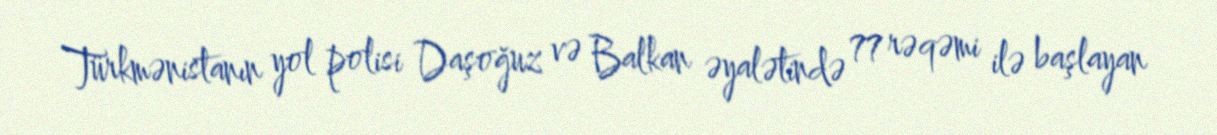
Türkmənistanın yol polisi Daşoğuz və Balkan əyalətində 77 rəqəmi ilə başlayan